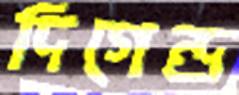
দিগেন্দ্র